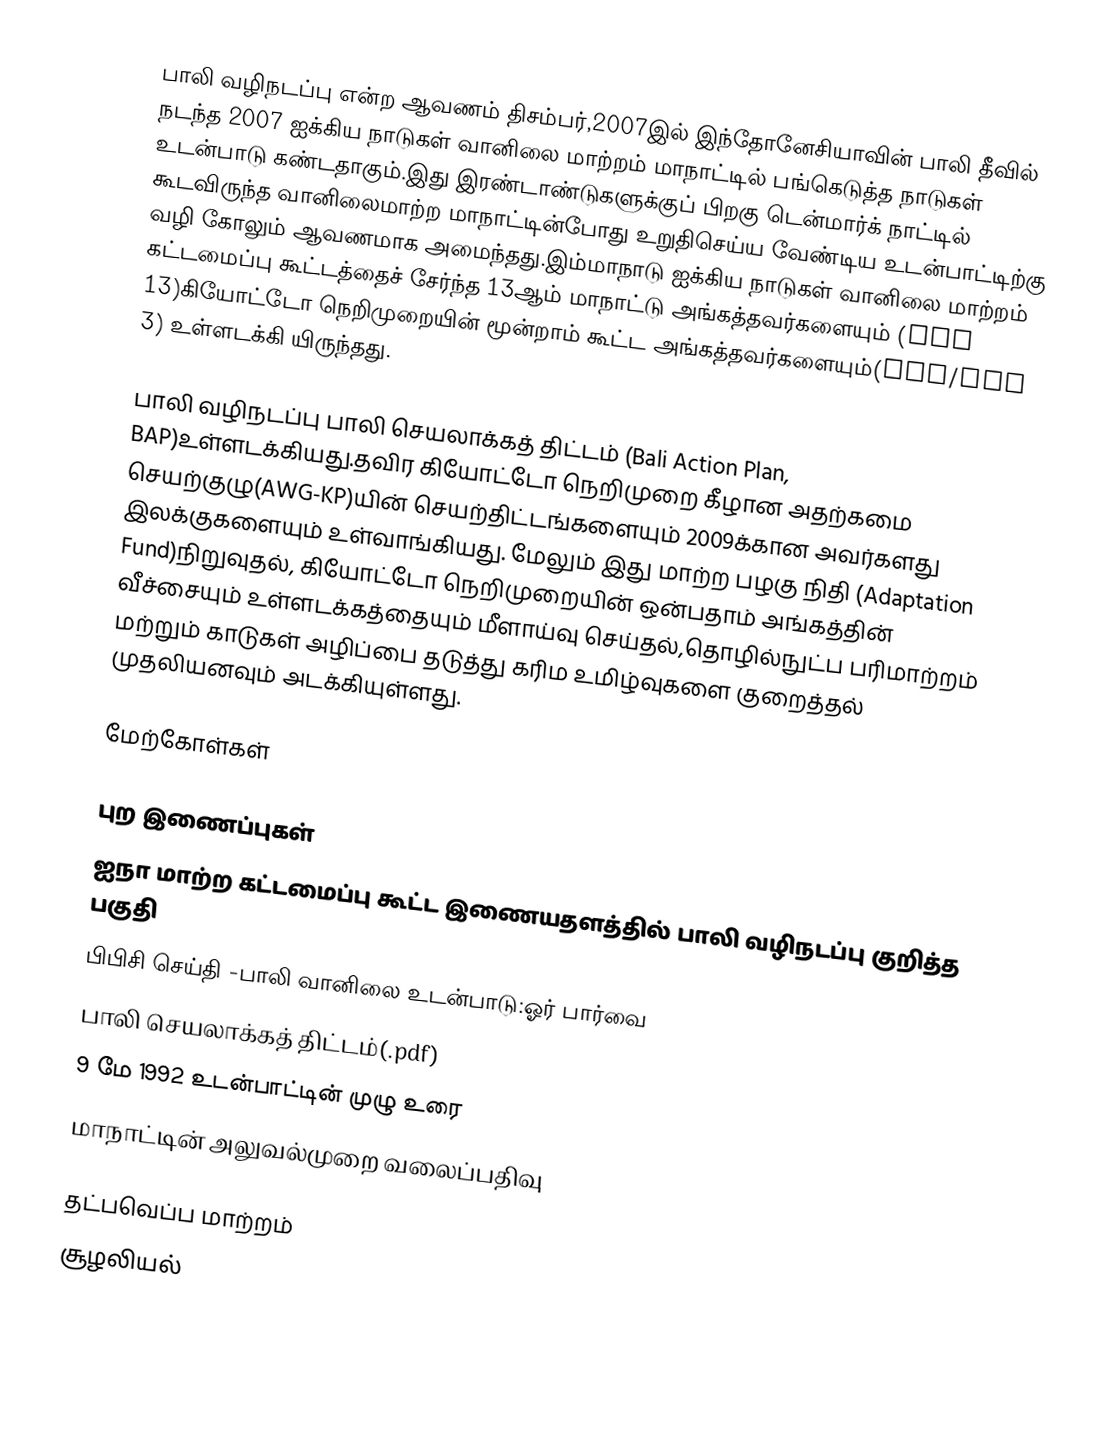
பாலி வழிநடப்பு என்ற ஆவணம் திசம்பர்,2007இல் இந்தோனேசியாவின் பாலி தீவில் நடந்த 2007 ஐக்கிய நாடுகள் வானிலை மாற்றம் மாநாட்டில் பங்கெடுத்த நாடுகள் உடன்பாடு கண்டதாகும்.இது இரண்டாண்டுகளுக்குப் பிறகு டென்மார்க் நாட்டில் கூடவிருந்த வானிலைமாற்ற மாநாட்டின்போது உறுதிசெய்ய வேண்டிய உடன்பாட்டிற்கு வழி கோலும் ஆவணமாக அமைந்தது.இம்மாநாடு ஐக்கிய நாடுகள் வானிலை மாற்றம் கட்டமைப்பு கூட்டத்தைச் சேர்ந்த 13ஆம் மாநாட்டு அங்கத்தவர்களையும் (COP 13)கியோட்டோ நெறிமுறையின் மூன்றாம் கூட்ட அங்கத்தவர்களையும்(COP/MOP 3) உள்ளடக்கி யிருந்தது.

பாலி வழிநடப்பு பாலி செயலாக்கத் திட்டம் (Bali Action Plan, BAP)உள்ளடக்கியது.தவிர கியோட்டோ நெறிமுறை கீழான அதற்கமை செயற்குழு(AWG-KP)யின் செயற்திட்டங்களையும் 2009க்கான அவர்களது இலக்குகளையும் உள்வாங்கியது. மேலும் இது மாற்ற பழகு நிதி (Adaptation Fund)நிறுவுதல், கியோட்டோ நெறிமுறையின் ஒன்பதாம் அங்கத்தின் வீச்சையும் உள்ளடக்கத்தையும் மீளாய்வு செய்தல்,தொழில்நுட்ப பரிமாற்றம் மற்றும் காடுகள் அழிப்பை தடுத்து கரிம உமிழ்வுகளை குறைத்தல் முதலியனவும் அடக்கியுள்ளது.

மேற்கோள்கள்

புற இணைப்புகள்
ஐநா மாற்ற கட்டமைப்பு கூட்ட இணையதளத்தில்  பாலி வழிநடப்பு குறித்த பகுதி
பிபிசி செய்தி -பாலி வானிலை உடன்பாடு:ஓர் பார்வை
பாலி செயலாக்கத் திட்டம்(.pdf)
9 மே 1992 உடன்பாட்டின் முழு உரை
மாநாட்டின் அலுவல்முறை வலைப்பதிவு

தட்பவெப்ப மாற்றம்
சூழலியல்